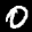
Label: 0